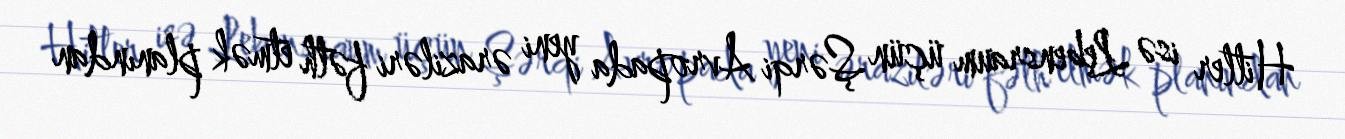
Hitler isə Lebensraum üçün Şərqi Avropada yeni əraziləri fəth etmək planından